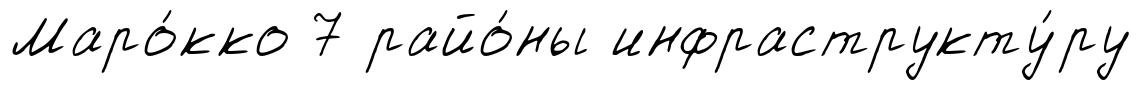
Маро́кко 7 райо́ны инфраструкту́ру